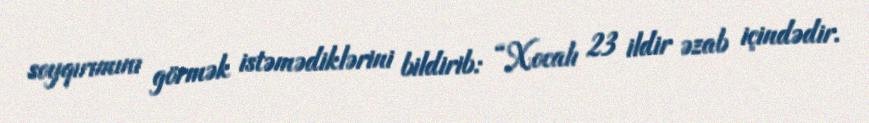
soyqırımını görmək istəmədiklərini bildirib: “Xocalı 23 ildir əzab içindədir.